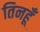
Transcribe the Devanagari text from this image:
तिनहूँ